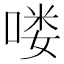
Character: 喽